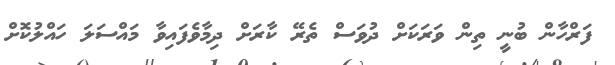
ފަރްހާން ބުނީ ތިން ވަރަކަށް ދުވަސް ތެރޭ ކާރަށް ދިމާވެފައިވާ މައްސަލަ ހައްލުކޮށް